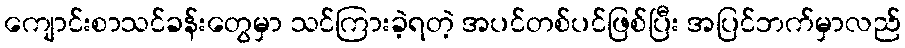
ကျောင်းစာသင်ခန်းတွေမှာ သင်ကြားခဲ့ရတဲ့ အပင်တစ်ပင်ဖြစ်ပြီး အပြင်ဘက်မှာလည်